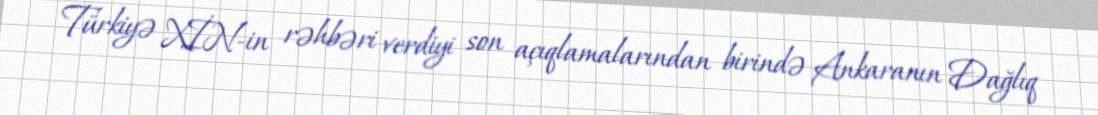
Türkiyə XİN-in rəhbəri verdiyi son açıqlamalarından birində Ankaranın Dağlıq